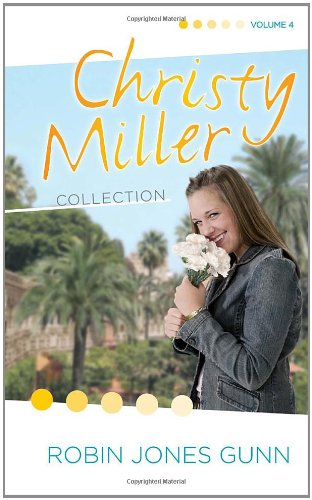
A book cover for The Christy Miller Collection, Vol. 4: A Time to Cherish / Sweet Dreams / A Promise Is Forever (Books 10-12); Robin Jones Gunn; Teen & Young Adult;